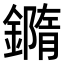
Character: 𨬍